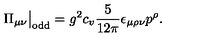
\Pi _ { \mu \nu } \big | _ { \mathrm { o d d } } = g ^ { 2 } c _ { v } \frac { 5 } { 1 2 \pi } \epsilon _ { \mu \rho \nu } p ^ { \rho } .